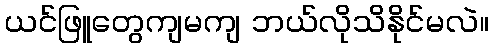
ယင်ဖြူတွေကျမကျ ဘယ်လိုသိနိုင်မလဲ။